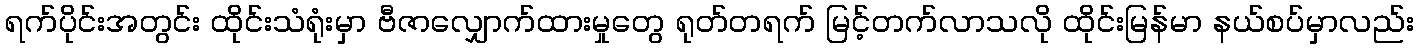
ရက်ပိုင်းအတွင်း ထိုင်းသံရုံးမှာ ဗီဇာလျှောက်ထားမှုတွေ ရုတ်တရက် မြင့်တက်လာသလို ထိုင်းမြန်မာ နယ်စပ်မှာလည်း